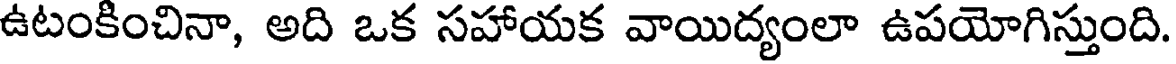
ఉటంకించినా, అది ఒక సహాయక వాయిద్యంలా ఉపయోగిస్తుంది